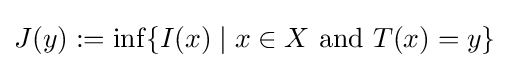
J(y):=\inf\{I(x)\mid x\in X{\text{ and }}T(x)=y\}